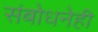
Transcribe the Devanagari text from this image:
संबोधनेही